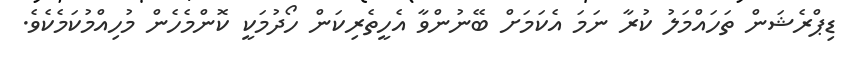
ޑިޕްރެޝަން ތަހައްމަލު ކުރާ ނަމަ އެކަމަށް ބޭނުންވާ އެހީތެރިކަން ހޯދުމަކީ ކޮންމެހެން މުހިއްމުކަމެކެވެ.